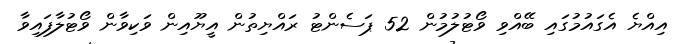
އިއްޔެ އެގައުމުގައި ބޭއްވި ވޯޓުލުމުން 52 ޕަސެންޓު ރައްޔިތުން އީޔޫއިން ވަކިވާން ވޯޓުލާފައިވާ